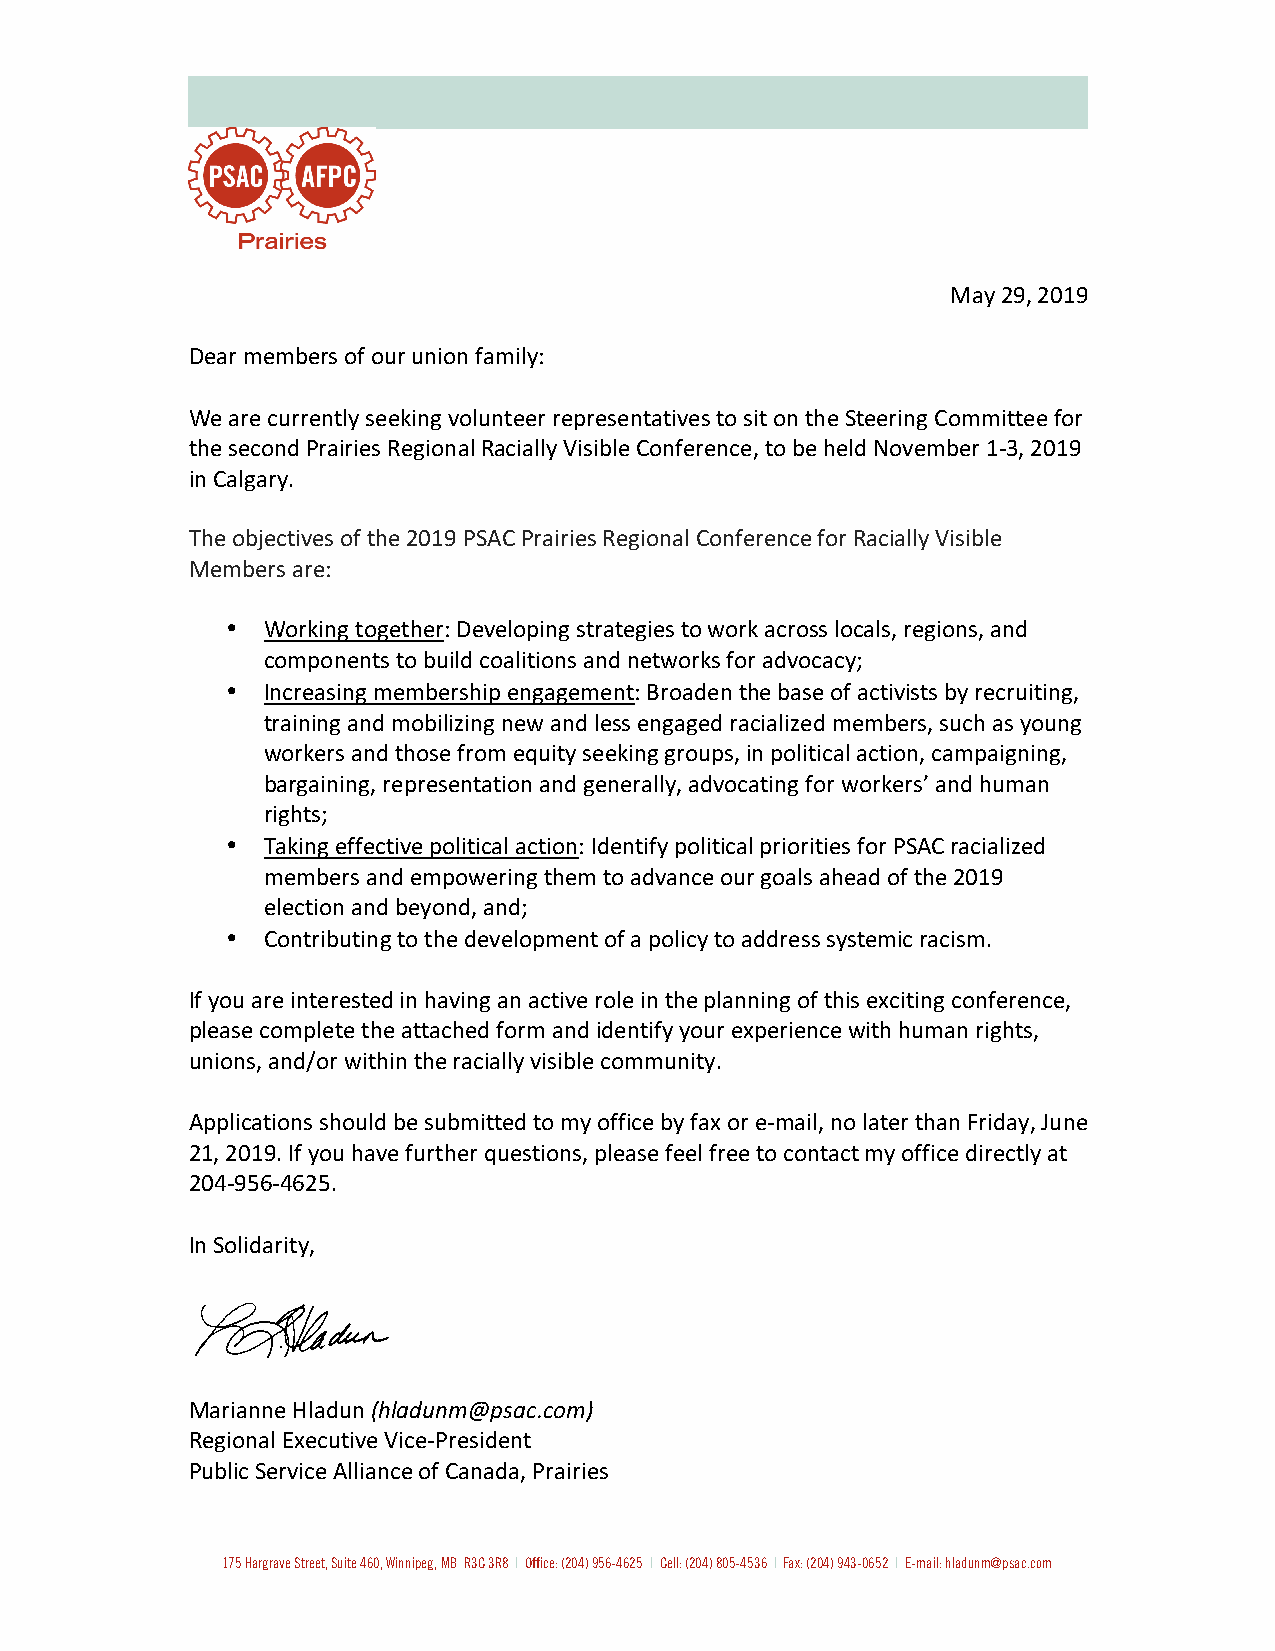
May 29, 2019
 Dear members of our union family:
 We are currently seeking volunteer representatives to sit on the Steering Committee for
 the second Prairies Regional Racially Visible Conference, to be held November 1-3, 2019
 in Calgary.
 The objectives of the 2019 PSAC Prairies Regional Conference for Racially Visible
 Members are:
 • Working together: Developing strategies to work across locals, regions, and
 components to build coalitions and networks for advocacy;
 • Increasing membership engagement: Broaden the base of activists by recruiting,
 training and mobilizing new and less engaged racialized members, such as young
 workers and those from equity seeking groups, in political action, campaigning,
 bargaining, representation and generally, advocating for workers’ and human
 rights;
 • Taking effective political action: Identify political priorities for PSAC racialized
 members and empowering them to advance our goals ahead of the 2019
 election and beyond, and;
 • Contributing to the development of a policy to address systemic racism.
 If you are interested in having an active role in the planning of this exciting conference,
 please complete the attached form and identify your experience with human rights,
 unions, and/or within the racially visible community.
 Applications should be submitted to my office by fax or e-mail, no later than Friday, June
 21, 2019. If you have further questions, please feel free to contact my office directly at
 204-956-4625.
 In Solidarity,
 Marianne Hladun (hladunm@psac.com)
 Regional Executive Vice-President
 Public Service Alliance of Canada, Prairies
 175 Hargrave Street, Suite 460, Winnipeg, MB R3C 3R8 I Office: (204) 956-4625 I Cell: (204) 805-4536 I Fax: (204) 943-0652 I E-mail: hladunm@psac.com